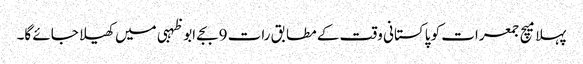
پہلا میچ جمعرات کو پاکستانی وقت کے مطابق رات 9بجے ابوظہبی میں کھیلا جائے گا۔